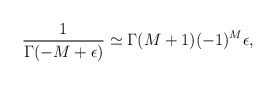
\begin{align*}\frac1{\Gamma(-M+\epsilon)}\simeq\Gamma(M+1)(-1)^M\epsilon,\end{align*}